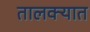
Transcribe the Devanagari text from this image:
तालक्यात